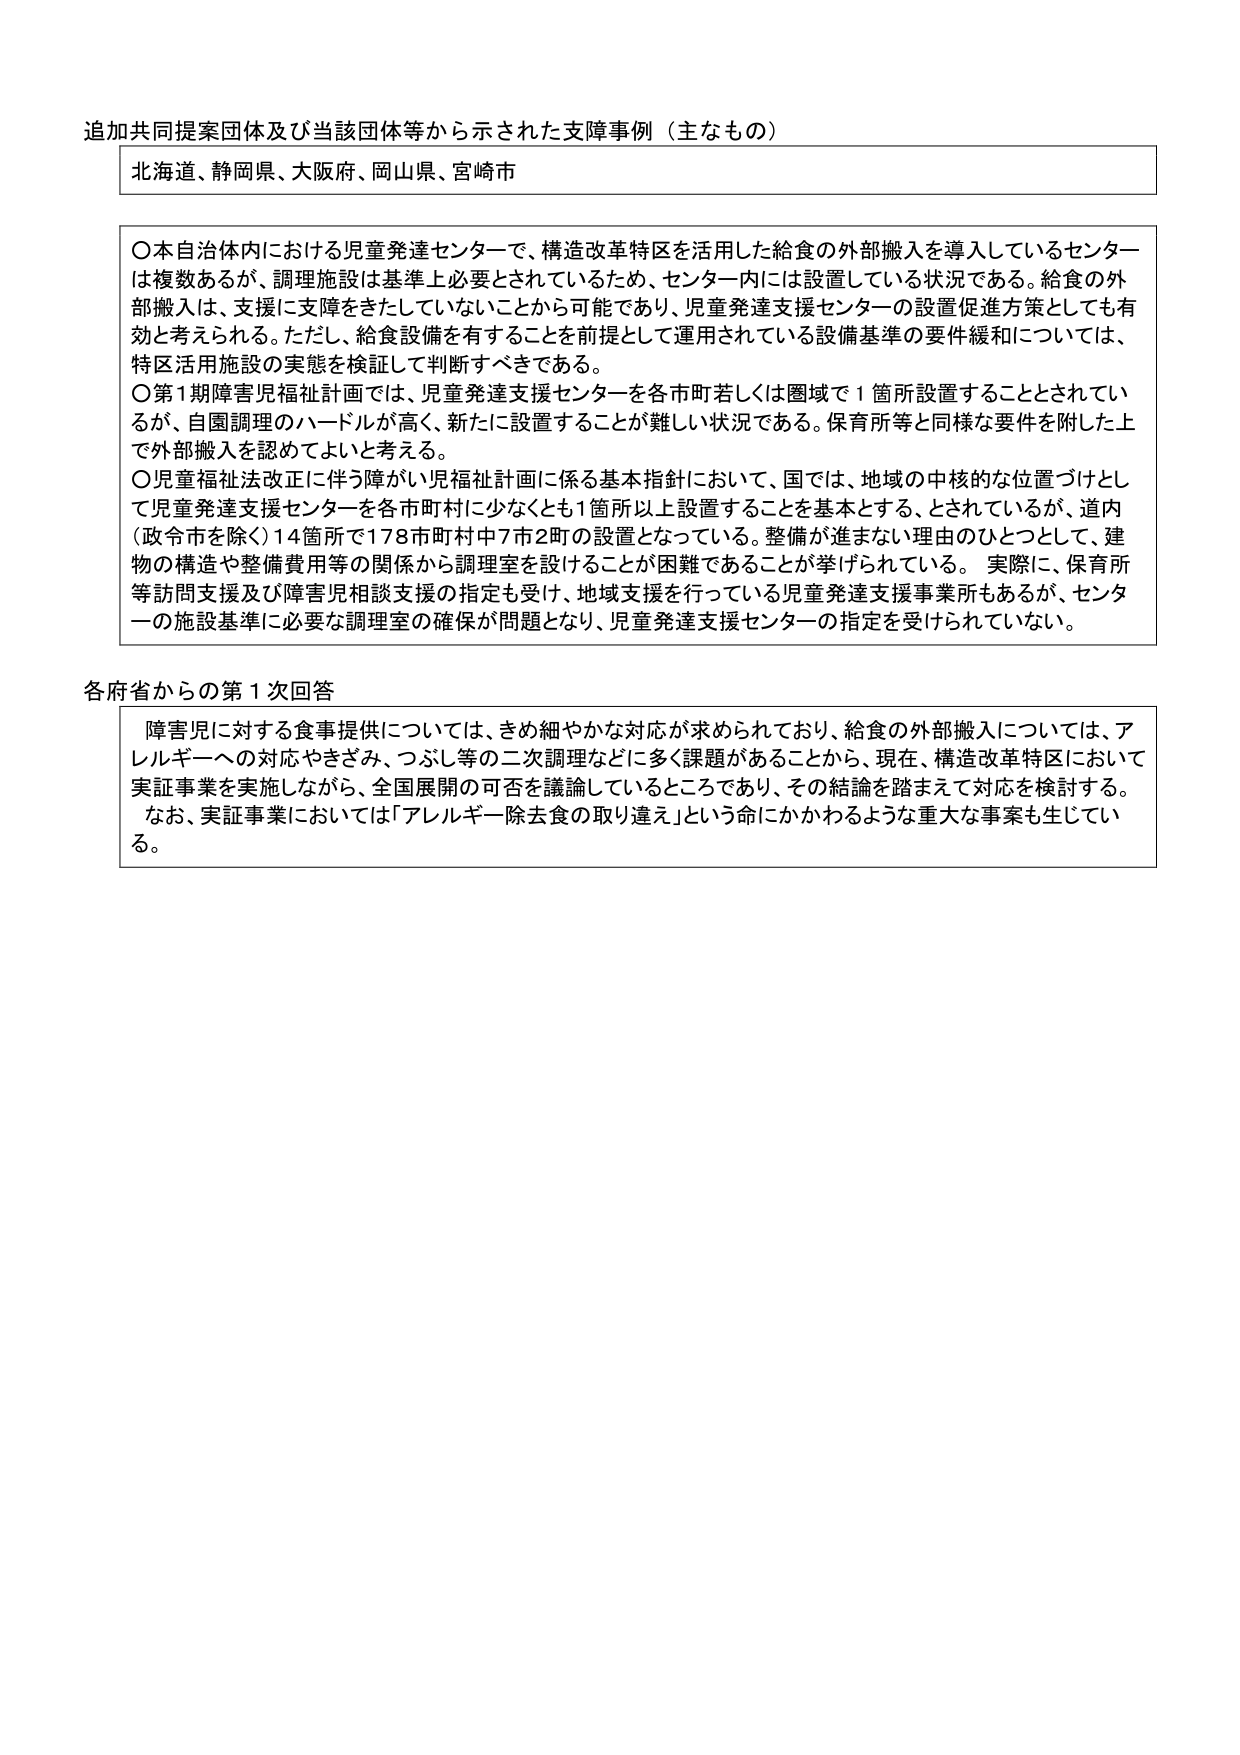
追加共同提案団体及び当該団体等から示された支障事例（主なもの）

北海道、静岡県、大阪府、岡山県、宮崎市

〇本自治体内における児童発達センターで、構造改革特区を活用した給食の外部搬入を導入しているセンターは複数あるが、調理施設は基準上必要とされているため、センター内には設置している状況である。給食の外部搬入は、支援に支障をきたしていないことから可能であり、児童発達支援センターの設置促進方策としても有効と考えられる。ただし、給食設備を有することを前提として運用されている設備基準の要件緩和については、特区活用施設の実態を検証して判断すべきである。

〇第1期障害児福祉計画では、児童発達支援センターを各市町若しくは圏域で1箇所設置することとされているが、自園調理のハードルが高く、新たに設置することが難しい状況である。保育所等と同様な要件を附した上で外部搬入を認めてよいと考える。

〇児童福祉法改正に伴う障がい児福祉計画に係る基本指針において、国では、地域の中核的な位置づけとして児童発達支援センターを各市町村に少なくとも1箇所以上設置することを基本とする、とされているが、道内（政令市を除く）14箇所で178市町村中7市2町の設置となっている。整備が進まない理由のひとつとして、建物の構造や整備費用等の関係から調理室を設けることが困難であることが挙げられている。実際に、保育所等訪問支援及び障害児相談支援の指定も受け、地域支援を行っている児童発達支援事業所もあるが、センターの施設基準に必要な調理室の確保が問題となり、児童発達支援センターの指定を受けられていない。

各府省からの第1次回答

障害児に対する食事提供については、きめ細やかな対応が求められており、給食の外部搬入については、アレルギーへの対応やきざみ、つぶし等の二次調理などに多く課題があることから、現在、構造改革特区において実証事業を実施しながら、全国展開の可否を議論しているところであり、その結論を踏まえて対応を検討する。なお、実証事業においては「アレルギー除去食の取り違え」という命にかかわるような重大な事案も生じている。